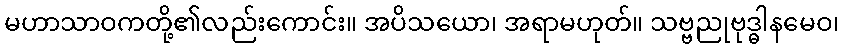
မဟာသာဝကတို့၏လည်းကောင်း။ အပိသယော၊ အရာမဟုတ်။ သဗ္ဗညုဗုဒ္ဓါနမေဝ၊